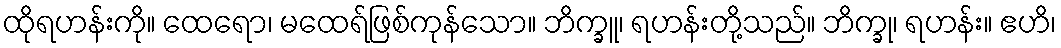
ထိုရဟန်းကို။ ထေရော၊ မထေရ်ဖြစ်ကုန်သော။ ဘိက္ခူ၊ ရဟန်းတို့သည်။ ဘိက္ခု၊ ရဟန်း။ ဧဟိ၊